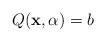
LaTeX: \begin{align*}Q({\mathbf x},\alpha)=b\end{align*}